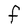
Character: F